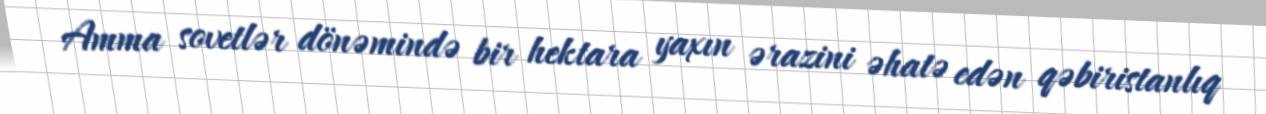
Amma sovetlər dönəmində bir hektara yaxın ərazini əhatə edən qəbiristanlıq